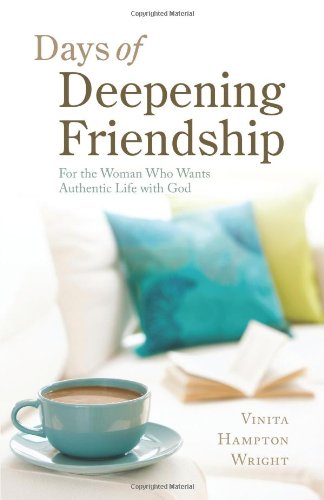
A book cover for Days of Deepening Friendship: For the Woman Who Wants Authentic Life with God; Vinita Hampton Wright; Self-Help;